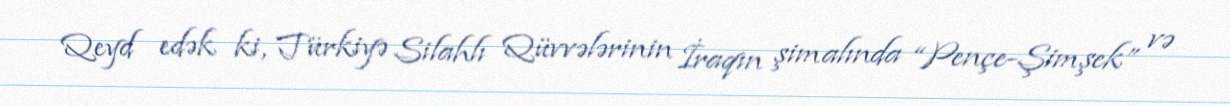
Qeyd edək ki, Türkiyə Silahlı Qüvvələrinin İraqın şimalında “Pençe-Şimşek” və